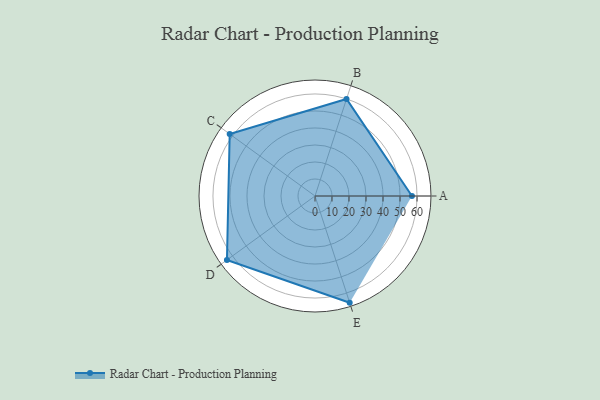
{"axis": {"x": "Skill", "y": "Score"}, "legend": ["Profile"], "data": [{"x": "A", "y": 57.0, "type": "Profile"}, {"x": "B", "y": 60.0, "type": "Profile"}, {"x": "C", "y": 62.0, "type": "Profile"}, {"x": "D", "y": 64.0, "type": "Profile"}, {"x": "E", "y": 66.0, "type": "Profile"}]}